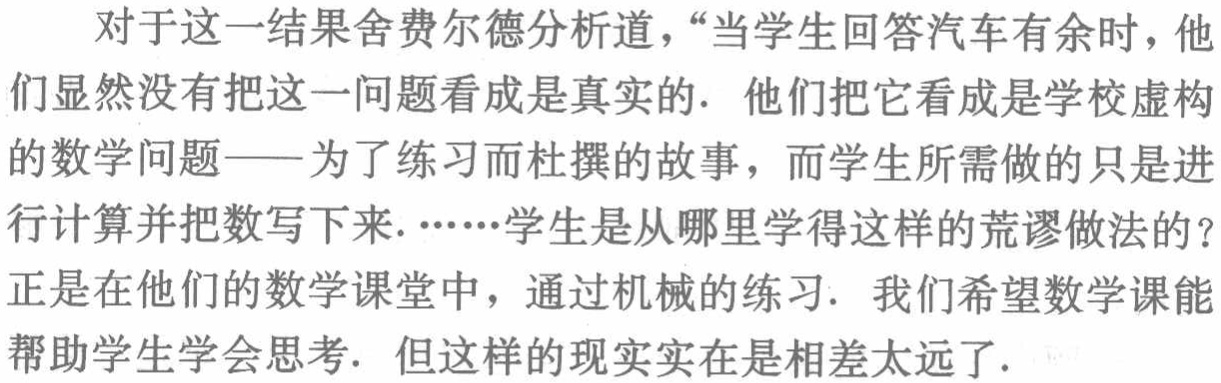
对于这一结果舍费尔德分析道，“当学生回答汽车有余时，他们显然没有把这一问题看成是真实的. 他们把它看成是学校虚构的数学问题——为了练习而杜撰的故事，而学生所需做的只是进行计算并把数写下来.……学生是从哪里学得这样的荒谬做法的？正是在他们的数学课堂中，通过机械的练习. 我们希望数学课能帮助学生学会思考. 但这样的现实实在是相差太远了.